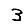
Digit: 3